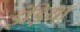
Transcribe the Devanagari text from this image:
इंड़िया